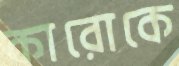
কারোকে